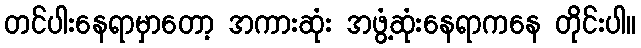
တင်ပါးနေရာမှာတော့ အကားဆုံး အဖွံ့ဆုံးနေရာကနေ တိုင်းပါ။